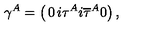
\gamma ^ { A } = \left( \begin{matrix} { 0 } & { i \tau ^ { A } } \\ { i { \overline { \tau } } ^ { A } } & { 0 } \\ \end{matrix} \right) ,